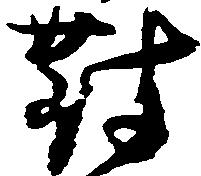
対